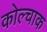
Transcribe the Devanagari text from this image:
कोल्चाक